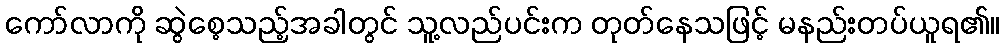
ကော်လာကို ဆွဲစေ့သည့်အခါတွင် သူ့လည်ပင်းက တုတ်နေသဖြင့် မနည်းတပ်ယူရ၏။